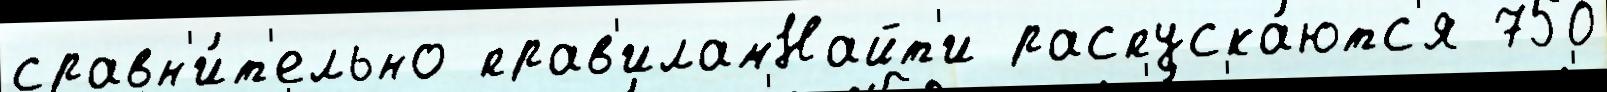
сравн'и́т'ельно прав'иламНайт'и распуска́ютс'я 750